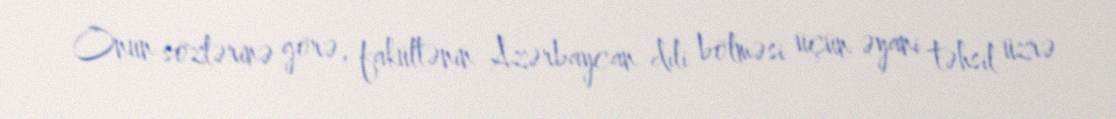
Onun sözlərinə görə, fakültənin Azərbaycan dili bölməsi üçün əyani təhsil üzrə